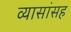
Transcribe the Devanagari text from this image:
व्यासांसह